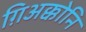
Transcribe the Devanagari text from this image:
ग़िअक्कोनि